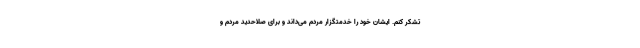
تشکر کنم. ایشان خود را خدمتگزار مردم می‌داند و براى صلاحدید مردم و